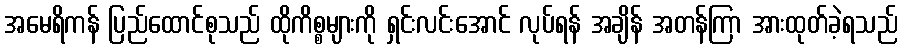
အမေရိကန် ပြည်ထောင်စုသည် ထိုကိစ္စများကို ရှင်းလင်းအောင် လုပ်ရန် အချိန် အတန်ကြာ အားထုတ်ခဲ့ရသည်